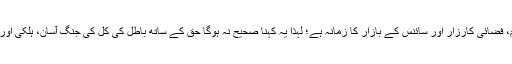
کل تیروتفنگ اور سیف و سناں کا زمانہ تھا، آج توپ وٹینک، میزائل اور بم، فضائی کارزار اور سائنس کے بازار کا زمانہ ہے؛ لہٰذا یہ کہنا صحیح نہ ہوگا حق کے ساتھ باطل کی کل کی جنگ آسان، ہلکی اور قابل تسخیر تھی اور آج کی جنگ بہت سخت گمبھیر اور ناقابلِ تسخیر ہے۔